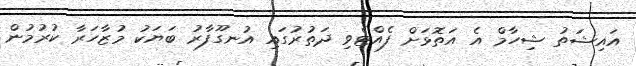
އައިޝަތު ޝިހާމް އެ އަތޮޅަށް ފެއްޓެވި ދަތުރުގައި އުނގޫފާރު ބަޔަކު މުޒާހަރާ ކުރުމުން